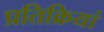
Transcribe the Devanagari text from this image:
प्रतिक्रियां